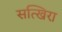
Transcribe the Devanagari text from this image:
सत्खिरा